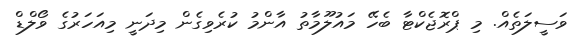
ވަސީލަތެއް. މި ޕްރޮޖެކްޓާ ބެހޭ މައުލޫމާތު އާންމު ކުރެވިގެން މިދަނީ މިއަހަރުގެ ވޯލްޑް